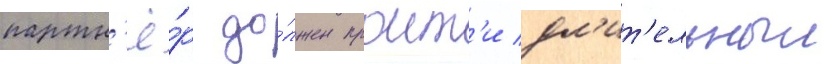
партн'ё́р до́лжен проит'и дл'ит'ельныи